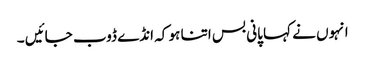
انہوں نے کہا پانی بس اتنا ہو کہ انڈے ڈوب جائیں ۔